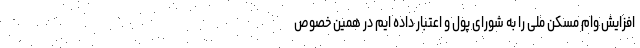
افزایش وام مسکن ملی را به شورای پول و اعتبار داده ایم در همین خصوص